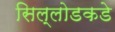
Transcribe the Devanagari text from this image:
सिल्लोडकडे